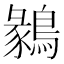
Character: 鶨